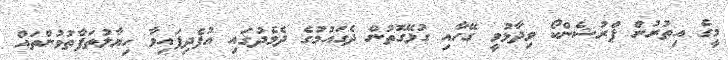
މީގެ އިތުރުން ޕްރުޝެންކޯ ވިދާޅުވީ ގޭހާއި ގުޅޭގޮތުން ދެގައުމުގެ ދެމެދުގައި އުފެދިފައިވާ ހިޔާލުތަފާތުވުންތައް